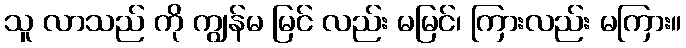
သူ လာသည် ကို ကျွန်မ မြင် လည်း မမြင်၊ ကြားလည်း မကြား။